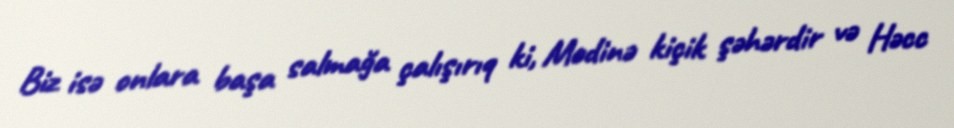
Biz isə onlara başa salmağa çalışırıq ki, Mədinə kiçik şəhərdir və Həcc